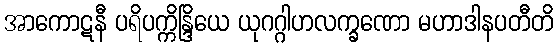
အာကောဋနီ ပရိပက္ကိန္ဒြိယေ ယုဂဂ္ဂါဟလက္ခဏော မဟာဒါနပတီတိ